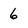
Character: 6